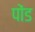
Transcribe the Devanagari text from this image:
पोंड